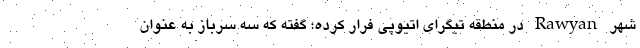
شهر Rawyan در منطقه تیگرای اتیوپی فرار کرده؛ گفته که سه سرباز به عنوان